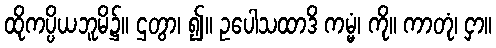
ထိုကပ္ပိယဘူမိ၌။ ဌတွာ၊ ၍။ ဥပေါသထာဒိ ကမ္မံ၊ ကို။ ကာတုံ၊ ငှာ။